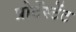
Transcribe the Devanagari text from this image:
प्रोटेंस्टेंट